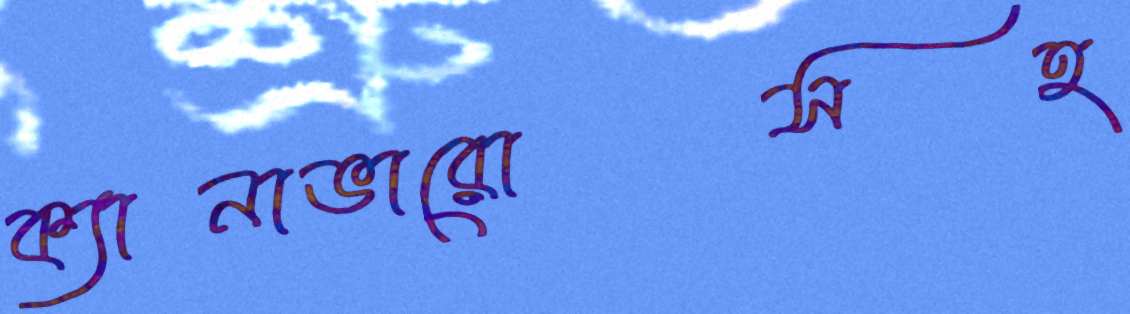
ক্যানাভারোসহ